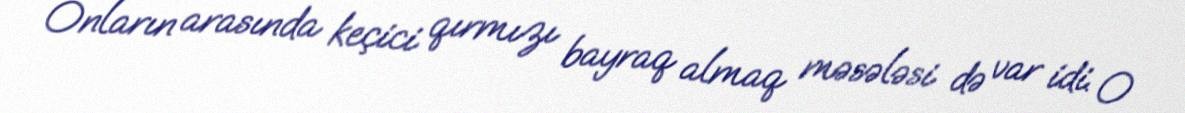
Onların arasında keçici qırmızı bayraq almaq məsələsi də var idi. O